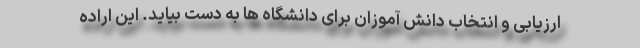
ارزیابی و انتخاب دانش آموزان برای دانشگاه ها به دست بیاید. این اراده